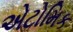
એટોમિક